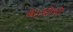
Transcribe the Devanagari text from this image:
थे।दोनों